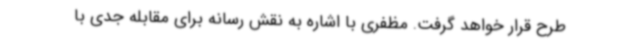
طرح قرار خواهد گرفت. مظفری با اشاره به نقش رسانه برای مقابله جدی با